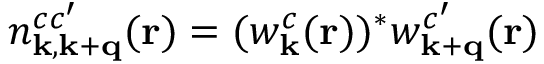
n _ { \mathbf { k } , \mathbf { k } + \mathbf { q } } ^ { c c ^ { \prime } } ( \mathbf { r } ) = ( w _ { \mathbf { k } } ^ { c } ( \mathbf { r } ) ) ^ { * } w _ { \mathbf { k } + \mathbf { q } } ^ { c ^ { \prime } } ( \mathbf { r } )